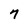
Character: 7